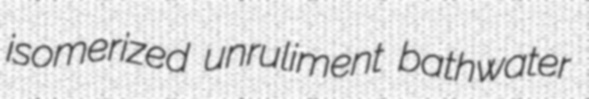
isomerized unruliment bathwater